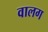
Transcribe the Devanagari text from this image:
वालग